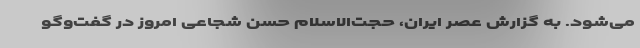
می‌شود. به گزارش عصر ایران، حجت‌الاسلام حسن شجاعی امروز در گفت‌و‌گو